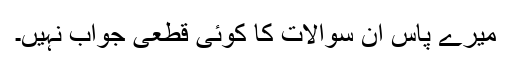
میرے پاس ان سوالات کا کوئی قطعی جواب نہیں۔